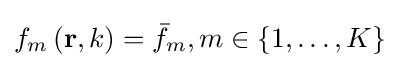
f_{m}\left(\mathbf {r} ,k\right)={\bar {f}}_{m},m\in \{1,\ldots ,K\}